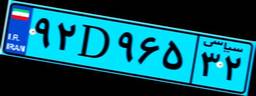
۹۲D۹۶۵۳۲